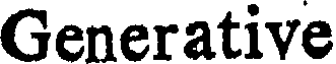
Generative